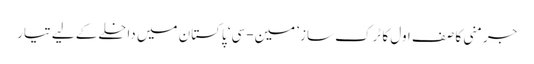
جرمنی کا صفِ اول کا ٹرک ساز ’مین-سی‘ پاکستان میں داخلے کے لیے تیار